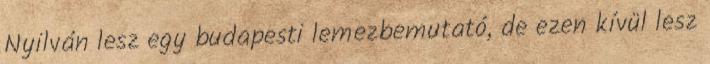
Nyilván lesz egy budapesti lemezbemutató, de ezen kívül lesz